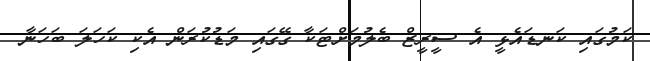
ކަމުގައި ކަނޑައެޅީ އެ ސީރީޒް ބެލުމަށްޓަކާ ގޭގައި މަޑުކުރަން އެކި ކަހަލަ ބަހަނާ